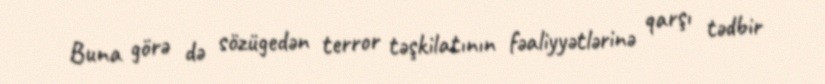
Buna görə də sözügedən terror təşkilatının fəaliyyətlərinə qarşı tədbir